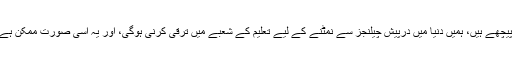
ہم سائنس وٹیکنالوجی کے میدان میں بھی دنیا کے کئی ممالک سے پیچھے ہیں، ہمیں دنیا میں درپیش چیلنجز سے نمٹنے کے لیے تعلیم کے شعبے میں ترقی کرنی ہوگی، اور یہ اسی صورت ممکن ہے جب ہم اخلاص اور دیانت داری کے ساتھ اس شعبے میں کام کریں۔